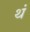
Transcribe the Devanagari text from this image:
थं